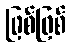
ဖြစ်ဖြစ်